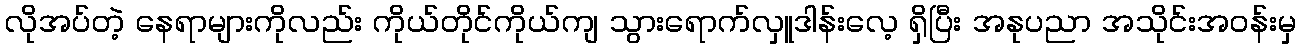
လိုအပ်တဲ့ နေရာများကိုလည်း ကိုယ်တိုင်ကိုယ်ကျ သွားရောက်လှူဒါန်းလေ့ ရှိပြီး အနုပညာ အသိုင်းအဝန်းမှ